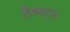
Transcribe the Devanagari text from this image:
टैक्सट्स